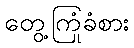
တွေ့ကြုံခံစား